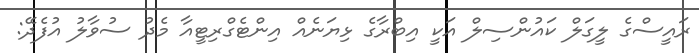
ރައީސްގެ ލީގަލް ކައުންސިލް އަކީ އިބްރާގެ ޅިޔަނެއް އިންޓެގްރިޓީއާ މެދު ސުވާލު އުފެދޭ: